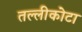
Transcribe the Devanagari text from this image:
तल्लीकोटा